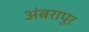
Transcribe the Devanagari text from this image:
अंबरापूर